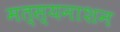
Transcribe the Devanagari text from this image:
मत्स्यनाशन